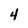
Character: 4